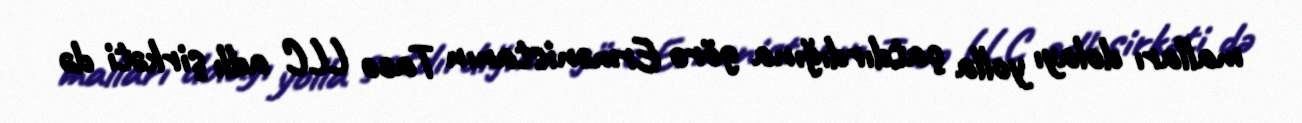
malları dolayı yolla çatdırdığına görə Ermənistanın Taco LLC adlı şirkəti də